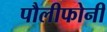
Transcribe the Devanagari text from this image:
पौलीफोनी